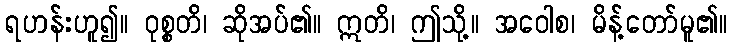
ရဟန်းဟူ၍။ ဝုစ္စတိ၊ ဆိုအပ်၏။ ဣတိ၊ ဤသို့။ အဝေါစ၊ မိန့်တော်မူ၏။